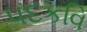
પદકવિ